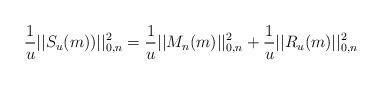
LaTeX: \begin{align*}\frac{1}{u}||S_{u}(m))||_{0,n}^{2}=\frac{1}{u}||M_{n}(m)||_{0,n}^{2}+\frac{1}{u}||R_{u}(m)||_{0,n}^{2} \end{align*}